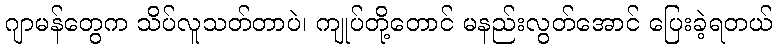
ဂျာမန်တွေက သိပ်လူသတ်တာပဲ၊ ကျုပ်တို့တောင် မနည်းလွတ်အောင် ပြေးခဲ့ရတယ်